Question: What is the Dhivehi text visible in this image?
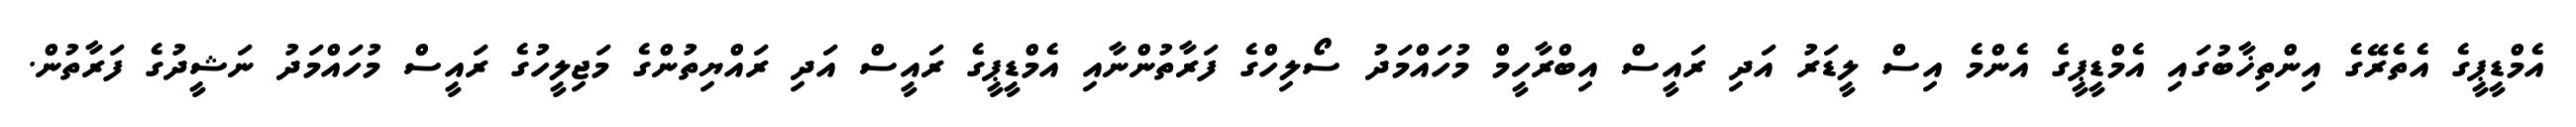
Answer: އެމްޑީޕީގެ އެތެރޭގެ އިންތިޚާބުގައި އެމްޑީޕީގެ އެންމެ އިސް ލީޑަރު އަދި ރައީސް އިބްރާހީމް މުހައްމަދު ސޯލިހްގެ ފަރާތުންނާއި އެމްޑީޕީގެ ރައީސް އަދި ރައްޔިތުންގެ މަޖިލީހުގެ ރައީސް މުހައްމަދު ނަޝީދުގެ ފަރާތުން.